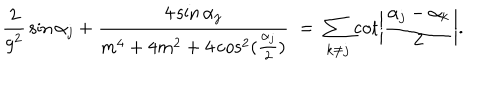
{ \frac { 2 } { g ^ { 2 } } } \sin \alpha _ { j } + { \frac { 4 \sin \alpha _ { j } } { m ^ { 4 } + 4 m ^ { 2 } + 4 \cos ^ { 2 } ( { \frac { \alpha _ { j } } { 2 } } ) } } \; = \; \sum _ { k \neq j } \cot \left| { \frac { \alpha _ { j } - \alpha _ { k } } { 2 } } \right| .